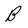
Character: B